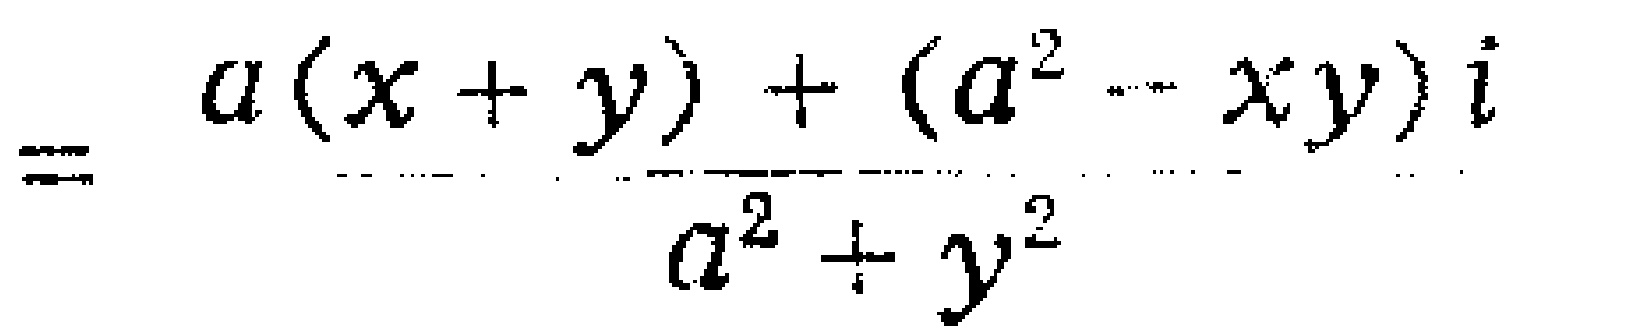
\[=\frac{a(x + y)+(a^{2}-xy)i}{a^{2}+y^{2}}\]